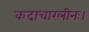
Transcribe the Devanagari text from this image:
कदाचारलीनः।